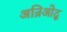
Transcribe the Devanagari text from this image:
अन्रिओद्